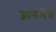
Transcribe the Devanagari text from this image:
ज्ञानमेव